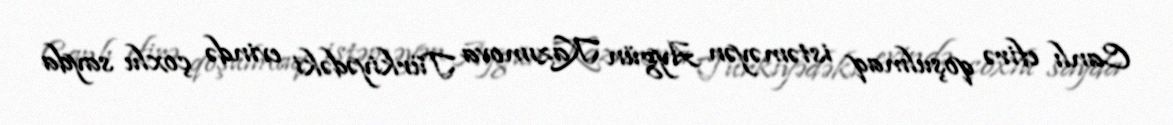
Canlı efirə qoşulmaq istəməyən Aygün Kazımova Türkiyədəki evində çoxlu sayda